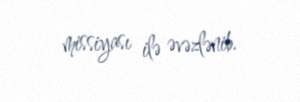
missiyası ilə əvəzlənib.